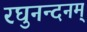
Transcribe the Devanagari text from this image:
रघुनन्दनम्‌